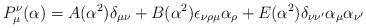
LaTeX: \begin{align*}P_\mu^\nu(\alpha) = A(\alpha^2)\delta_{\mu\nu} +B(\alpha^2)\epsilon_{\nu\rho\mu}\alpha_\rho +E(\alpha^2)\delta_{\nu\nu'}\alpha_\mu\alpha_{\nu'}\end{align*}